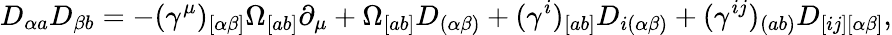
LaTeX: D_{\alpha a}D_{\beta b}=-(\gamma^{\mu})_{[\alpha\beta]}\Omega_{[ab]}\partial_{\mu}+\Omega_{[ab]}D_{(\alpha\beta)}+(\gamma^{i})_{[ab]}D_{i(\alpha\beta)}+(\gamma^{ij})_{(ab)}D_{[ij][\alpha\beta]},